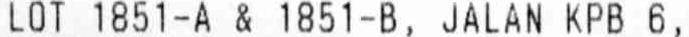
LOT 1851-A & 1851-B, JALAN KPB 6,